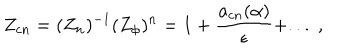
LaTeX: Z _ { c n } = ( { Z } _ { n } ) ^ { - 1 } ( Z _ { \phi } ) ^ { n } = 1 + \frac { a _ { c n } ( \alpha ) } { \epsilon } + . . . \; ,